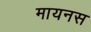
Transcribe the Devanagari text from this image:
मायनस